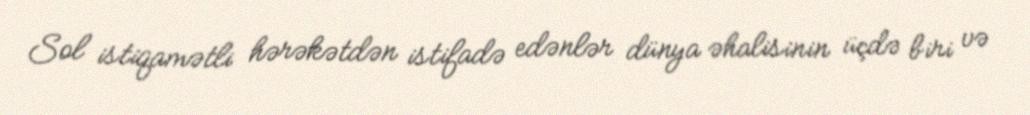
Sol istiqamətli hərəkətdən istifadə edənlər dünya əhalisinin üçdə biri və